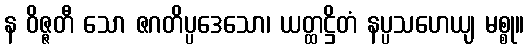
န ဝိဇ္ဇတီ သော ဇဂတိပ္ပဒေသော၊ ယတ္ထဋ္ဌိတံ နပ္ပသဟေယျ မစ္စု။